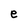
Character: e